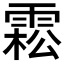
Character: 𩃭